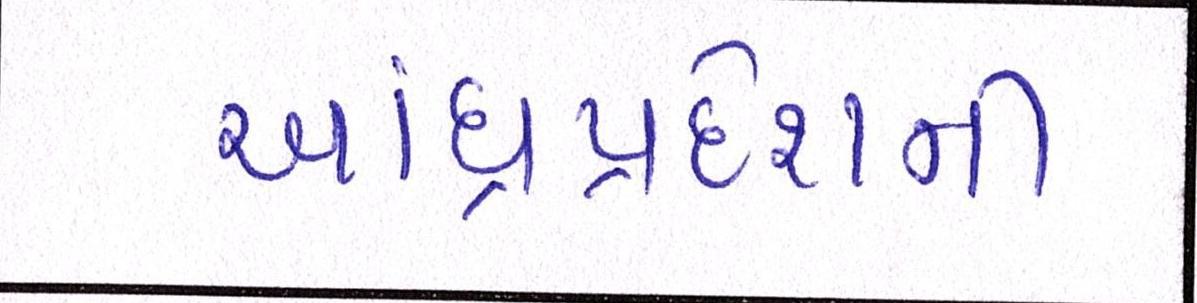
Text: આંધ્રપ્રદેશની